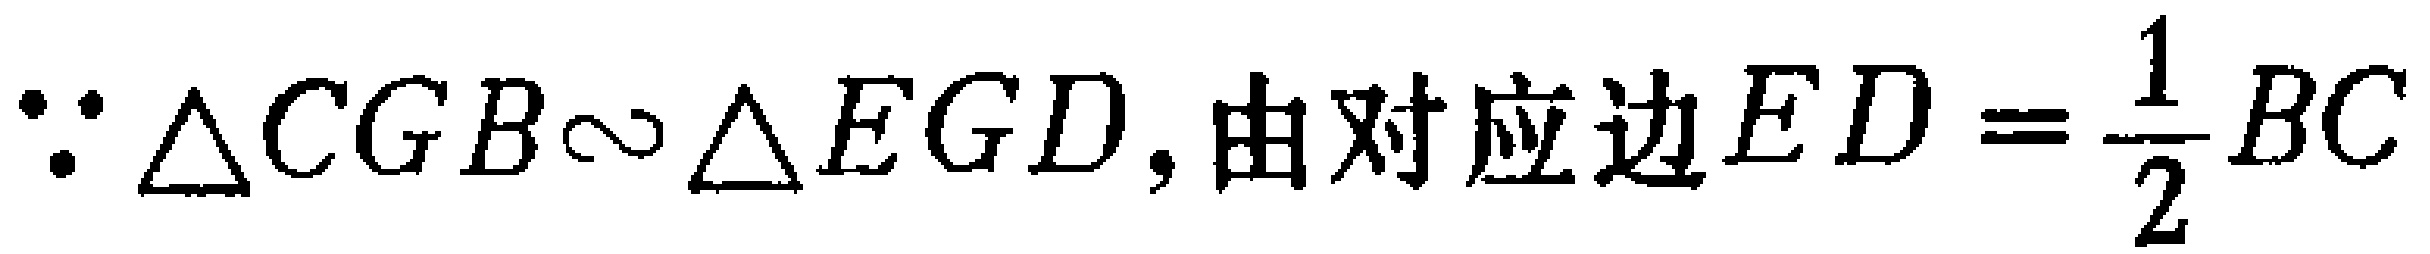
$\because \triangle CGB\sim \triangle EGD,由对应边ED = \frac{1}{2}BC$